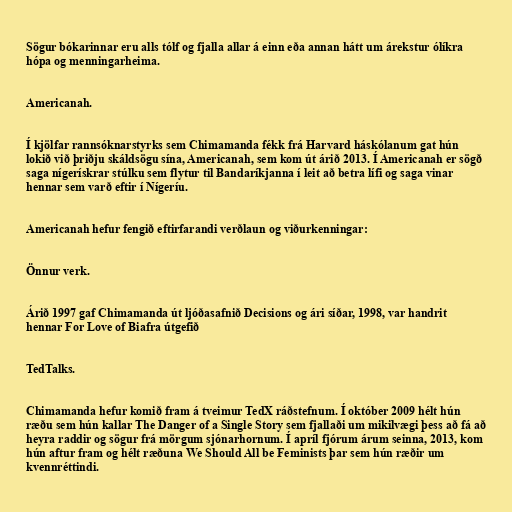
Sögur bókarinnar eru alls tólf og fjalla allar á einn eða annan hátt um árekstur ólíkra
hópa og menningarheima.

Americanah.

Í kjölfar rannsóknarstyrks sem Chimamanda fékk frá Harvard háskólanum gat hún
lokið við þriðju skáldsögu sína, Americanah, sem kom út árið 2013. Í Americanah er sögð
saga nígerískrar stúlku sem flytur til Bandaríkjanna í leit að betra lífi og saga vinar
hennar sem varð eftir í Nígeríu.

Americanah hefur fengið eftirfarandi verðlaun og viðurkenningar:

Önnur verk.

Árið 1997 gaf Chimamanda út ljóðasafnið Decisions og ári síðar, 1998, var handrit
hennar For Love of Biafra útgefið

TedTalks.

Chimamanda hefur komið fram á tveimur TedX ráðstefnum. Í október 2009 hélt hún
ræðu sem hún kallar The Danger of a Single Story sem fjallaði um mikilvægi þess að fá að
heyra raddir og sögur frá mörgum sjónarhornum. Í apríl fjórum árum seinna, 2013, kom
hún aftur fram og hélt ræðuna We Should All be Feminists þar sem hún ræðir um
kvennréttindi.